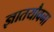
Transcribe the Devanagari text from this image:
ज्ञातयौवना